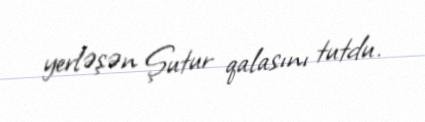
yerləşən Şutur qalasını tutdu.